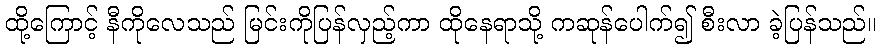
ထို့ကြောင့် နီကိုလေသည် မြင်းကိုပြန်လှည့်ကာ ထိုနေရာသို့ ကဆုန်ပေါက်၍ စီးလာ ခဲ့ပြန်သည်။